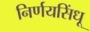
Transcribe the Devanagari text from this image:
निर्णयसिंधू